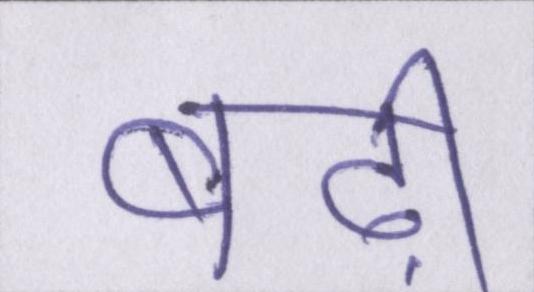
बढ़ी